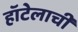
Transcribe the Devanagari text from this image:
हॉटेलाची